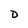
Character: D